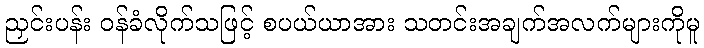
ညှင်းပန်း ဝန်ခံလိုက်သဖြင့် စပယ်ယာအား သတင်းအချက်အလက်များကိုမူ